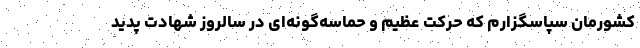
کشورمان سپاسگزارم که حرکت عظیم و حماسه‌گونه‌ای در سالروز شهادت پدید